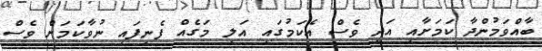
ބާއްވަމުންދާ ކަމަށާއި އަދި ވެސް އެކަމުގައި އަލި މަގެއް ފެނިފައި ނުވާކަމަށް ވެސް